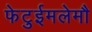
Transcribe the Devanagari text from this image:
फेटुईमलेमौ